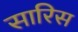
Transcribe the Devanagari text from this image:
सारिस